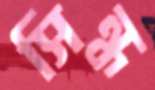
সিন্ধ